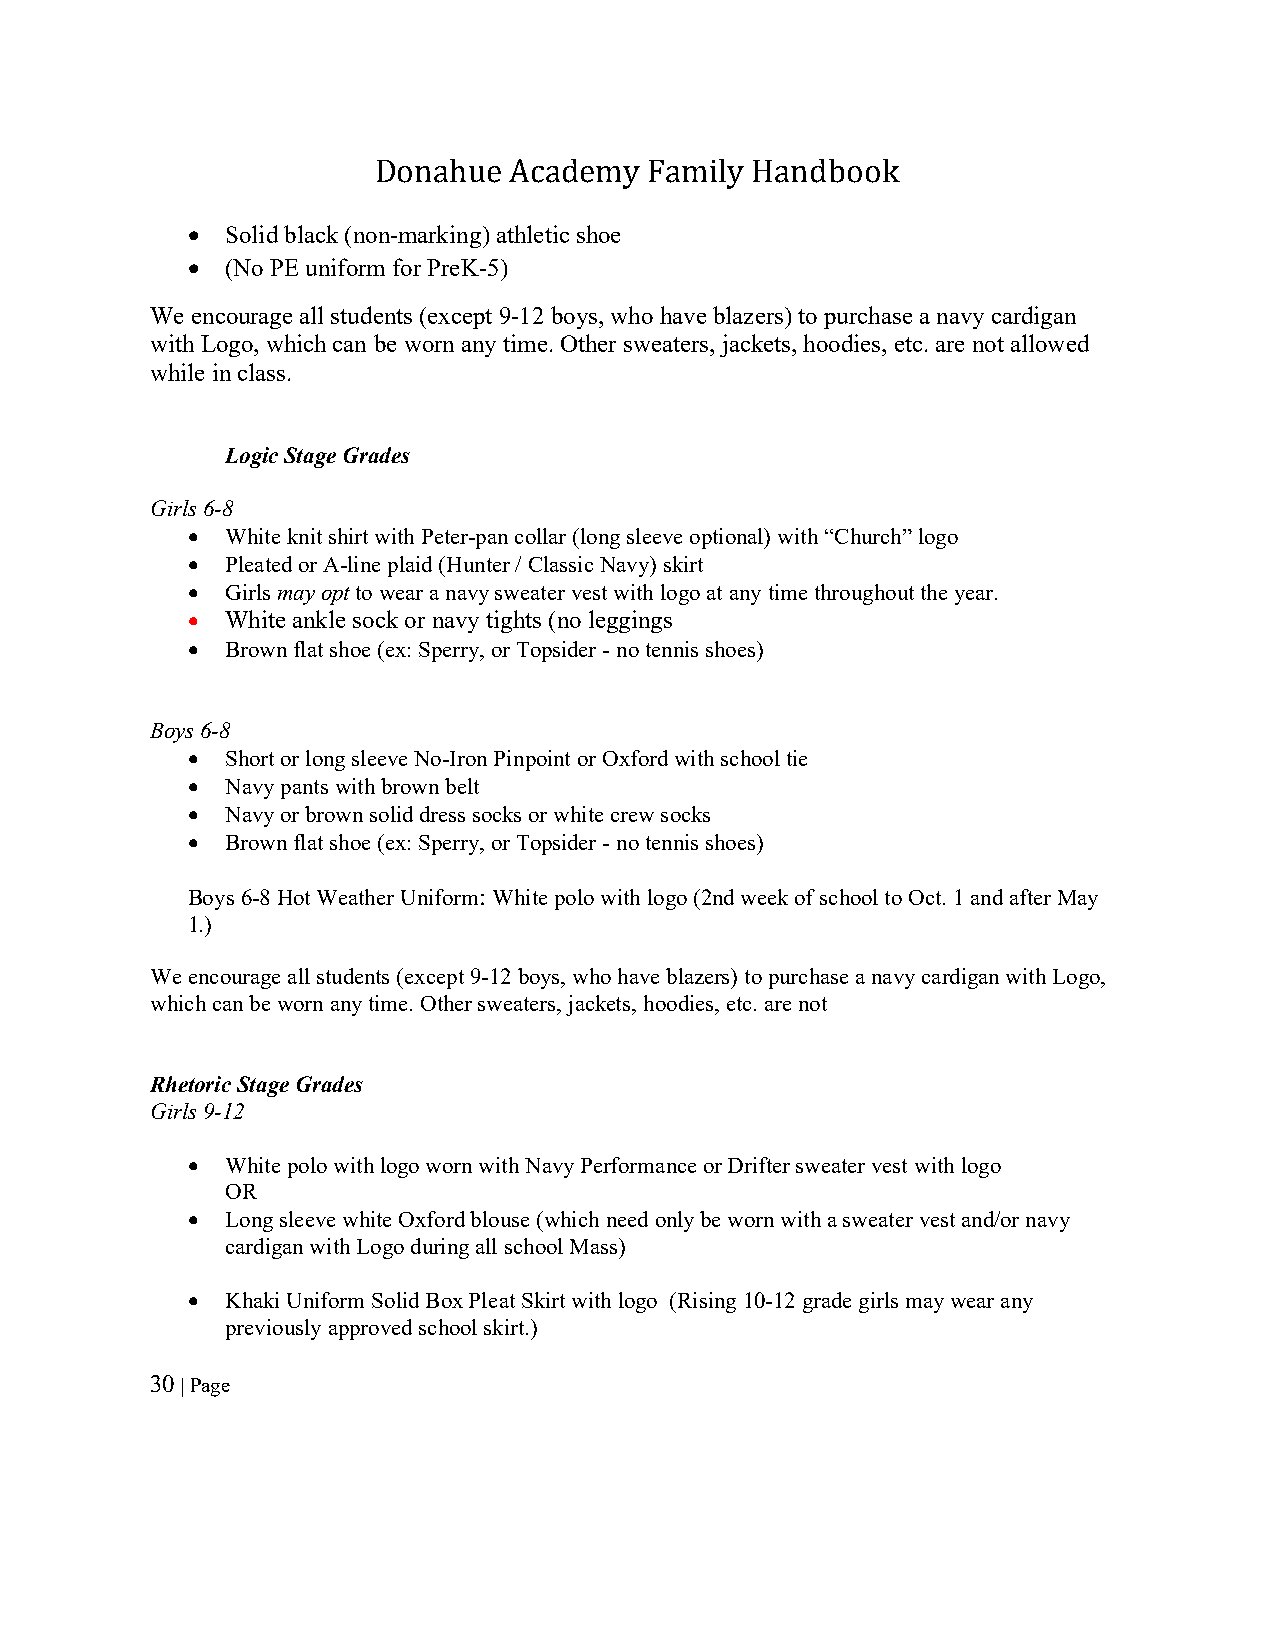
Donahue  Academy  Family Handbook
   Solid black (non-marking) athletic shoe
   (No PE uniform for PreK-5)
 We encourage all students (except 9-12 boys, who have blazers) to purchase a navy cardigan
 with Logo, which can be worn any time. Other sweaters, jackets, hoodies, etc. are not allowed
 while in class.
 Logic Stage Grades
 Girls 6-8
   White knit shirt with Peter-pan collar (long sleeve optional) with “Church” logo
   Pleated or A-line plaid (Hunter / Classic Navy) skirt
   Girls may opt to wear a navy sweater vest with logo at any time throughout the year.
   White ankle sock or navy tights (no leggings
   Brown flat shoe (ex: Sperry, or Topsider - no tennis shoes)
 Boys 6-8
   Short or long sleeve No-Iron Pinpoint or Oxford with school tie
   Navy pants with brown belt
   Navy or brown solid dress socks or white crew socks
   Brown flat shoe (ex: Sperry, or Topsider - no tennis shoes)
 Boys 6-8 Hot Weather Uniform: White polo with logo (2nd week of school to Oct. 1 and after May
 1.)
 We encourage all students (except 9-12 boys, who have blazers) to purchase a navy cardigan with Logo,
 which can be worn any time. Other sweaters, jackets, hoodies, etc. are not
 Rhetoric Stage Grades
 Girls 9-12
   White polo with logo worn with Navy Performance or Drifter sweater vest with logo
 OR
   Long sleeve white Oxford blouse (which need only be worn with a sweater vest and/or navy
 cardigan with Logo during all school Mass)
   Khaki Uniform Solid Box Pleat Skirt with logo (Rising 10-12 grade girls may wear any
 previously approved school skirt.)
 30 | Page